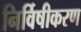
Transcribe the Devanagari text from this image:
निर्विषीकरण